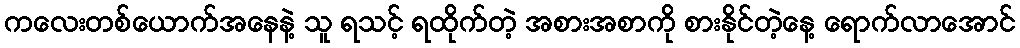
ကလေးတစ်ယောက်အနေနဲ့ သူ ရသင့် ရထိုက်တဲ့ အစားအစာကို စားနိုင်တဲ့နေ့ ရောက်လာအောင်